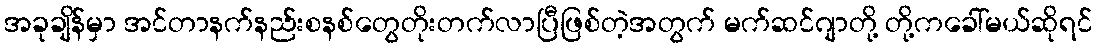
အခုချိန်မှာ အင်တာနက်နည်းစနစ်တွေတိုးတက်လာပြီဖြစ်တဲ့အတွက် မက်ဆင်ဂျာတို့ တို့ကခေါ်မယ်ဆိုရင်